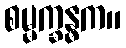
စမ္မက္ခန္ဓက။